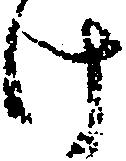
け